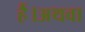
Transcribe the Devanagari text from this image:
हैं।अथवा